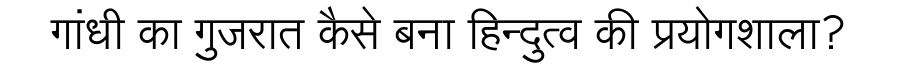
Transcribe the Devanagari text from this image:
गांधी का गुजरात कैसे बना हिन्दुत्व की प्रयोगशाला?